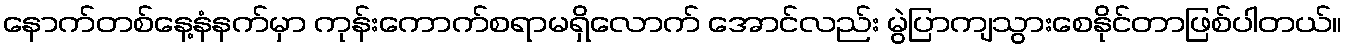
နောက်တစ်နေ့နံနက်မှာ ကုန်းကောက်စရာမရှိလောက် အောင်လည်း မွဲပြာကျသွားစေနိုင်တာဖြစ်ပါတယ်။